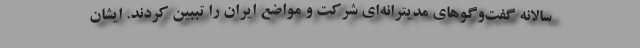
سالانه گفت‌وگوهای مدیترانه‌ای شرکت و مواضع ایران را تببین کردند. ایشان